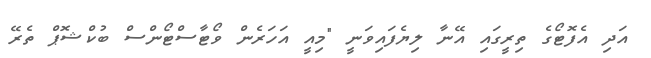
އަދި އެފޮޓޯގެ ތިރީގައި އޭނާ ލިޔެފައިވަނީ "މިއީ އަހަރެން ވޯޓާސްޓޯންސް ބުކްޝޮޕް ތެރޭ